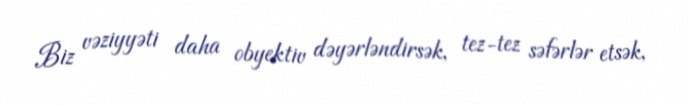
Biz vəziyyəti daha obyektiv dəyərləndirsək, tez-tez səfərlər etsək,